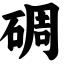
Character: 碉